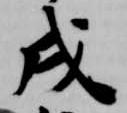
戌